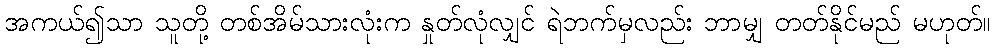
အကယ်၍သာ သူတို့ တစ်အိမ်သားလုံးက နှုတ်လုံလျှင် ရဲဘက်မှလည်း ဘာမျှ တတ်နိုင်မည် မဟုတ်။